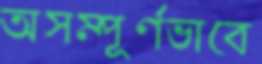
অসম্পূর্ণভাবে